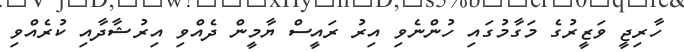
ހާރިޖީ ވަޒީރުގެ މަގާމުގައި ހުންނެވި އިރު ރައީސް ޔާމީން ދެއްވި އިރުޝާދާއި ކުރެއްވި